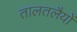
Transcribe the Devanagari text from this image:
तालतलैयों